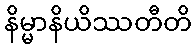
နိမ္မာနိယိဿတီတိ